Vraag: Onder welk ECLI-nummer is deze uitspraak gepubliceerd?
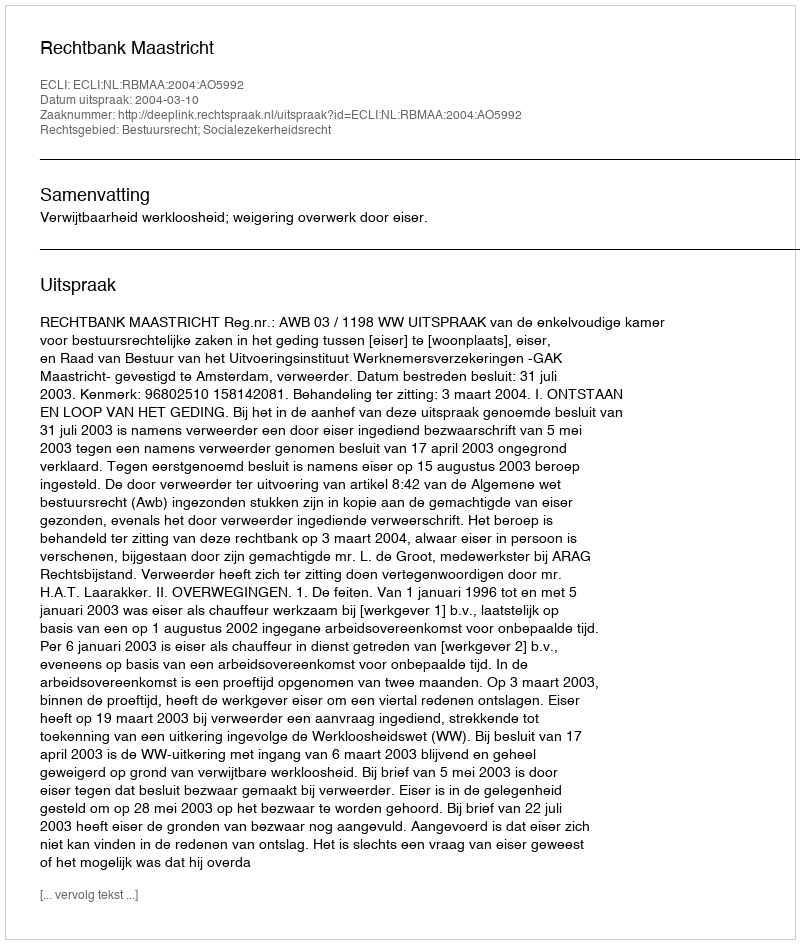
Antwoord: ECLI:NL:RBMAA:2004:AO5992